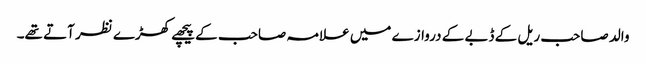
والد صاحب ریل کے ڈبے کے دروازے میں علامہ صاحب کے پیچھے کھڑے نظر آتے تھے۔